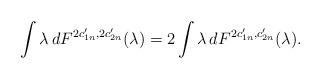
\begin{align*} \int\lambda \,dF^{2c_{1n}',2c_{2n}'}(\lambda)=2\int\lambda\,dF^{2c_{1n}',c_{2n}'}(\lambda).\end{align*}